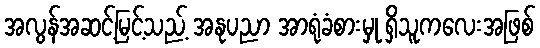
အလွန်အဆင့်မြင့်သည့် အနုပညာ အာရုံခံစားမှု ရှိသူကလေးအဖြစ်